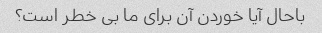
باحال آیا خوردن آن برای ما بی خطر است؟